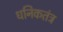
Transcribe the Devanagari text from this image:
धनिकतंत्र